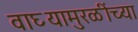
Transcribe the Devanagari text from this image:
वाघ्यामुरळींच्या